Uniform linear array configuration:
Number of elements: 16
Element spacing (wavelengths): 0.5
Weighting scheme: cosine
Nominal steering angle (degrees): -15
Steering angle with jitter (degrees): -13.079
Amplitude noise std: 0.05
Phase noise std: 0.05

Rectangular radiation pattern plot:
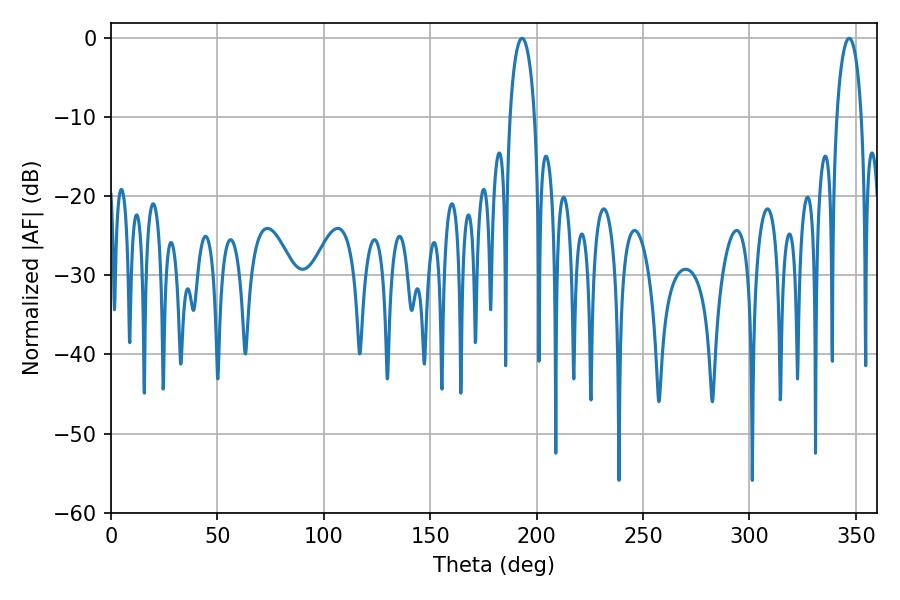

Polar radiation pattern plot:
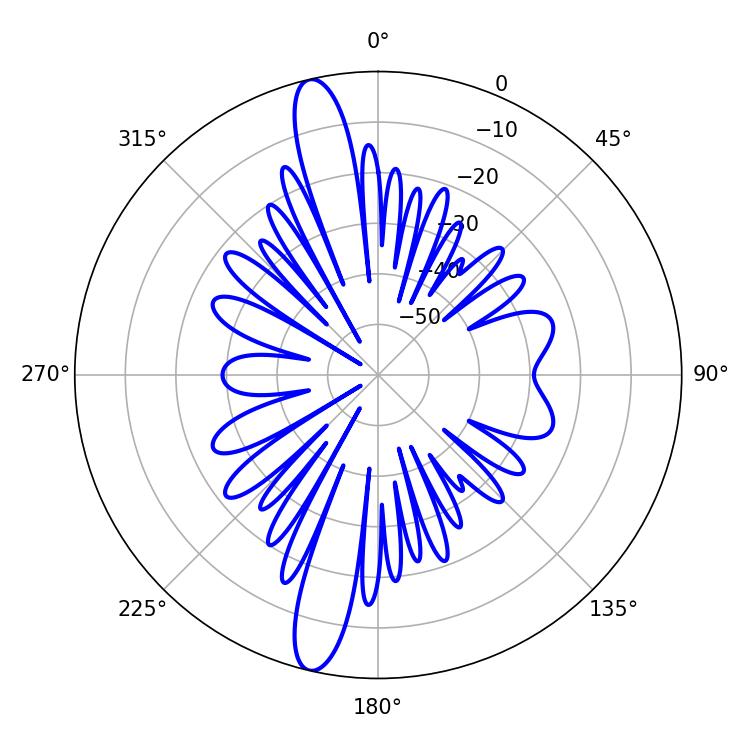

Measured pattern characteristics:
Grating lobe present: FALSE
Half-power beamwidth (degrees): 6.66
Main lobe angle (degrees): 193.14